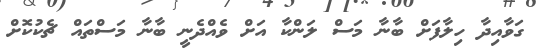
ގަވާއިދާ ހިލާފަށް ބާނާ މަސް ލަންކާ އަށް ވެއްދެނީ ބާނާ މަސްތައް ޗެކުކޮށް